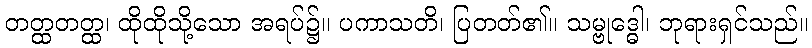
တတ္ထတတ္ထ၊ ထိုထိုသို့သော အရပ်၌။ ပကာသတိ၊ ပြတတ်၏။ သမ္ဗုဒ္ဓေါ၊ ဘုရားရှင်သည်။